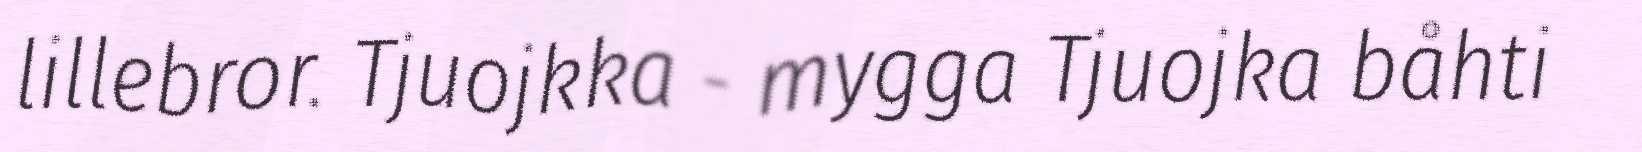
lillebror. Tjuojkka - mygga Tjuojka båhti